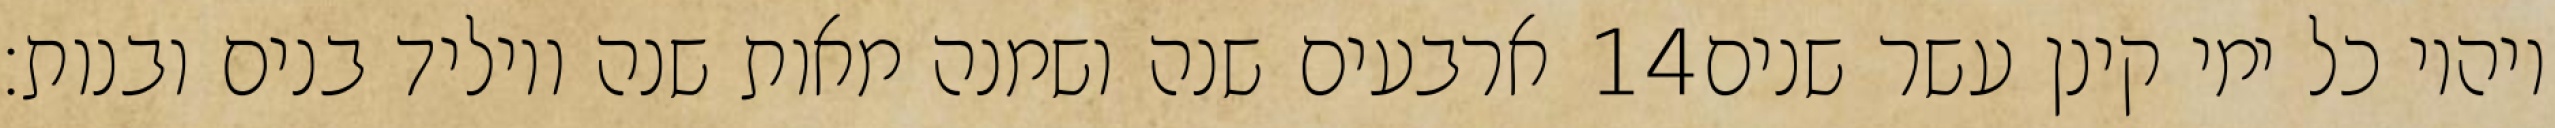
ארבעים שנה ושמנה מאות שנה ויוליד בנים ובנות׃ ‎14‏ ויהיו כל ימי קינן עשר שנים